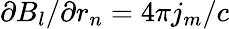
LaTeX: \partial B_{l}/\partial r_{n}=4\pi j_{m}/c